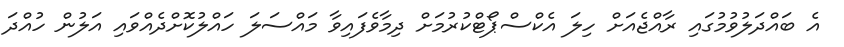
އެ ބައްދަލުވުމުގައި ރާއްޖެއަށް ހިލަ އެކްސްޕޯޓްކުރުމަށް ދިމާވެފައިވާ މައްސަލަ ހައްލުކޮށްދެއްވައި އަލުން ހުއްދަ